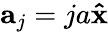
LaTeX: \mathbf{a}_{j}=ja\mathbf{\hat{x}}